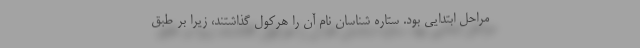
مراحل ابتدایی بود. ستاره شناسان نام آن را هرکول گذاشتند، زیرا بر طبق